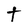
Character: t